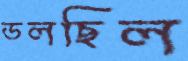
ডলছিল